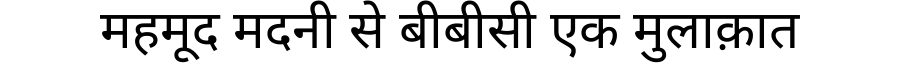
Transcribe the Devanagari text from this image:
महमूद मदनी से बीबीसी एक मुलाक़ात